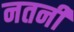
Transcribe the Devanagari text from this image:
नतनी